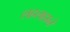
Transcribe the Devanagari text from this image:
लहलहाने